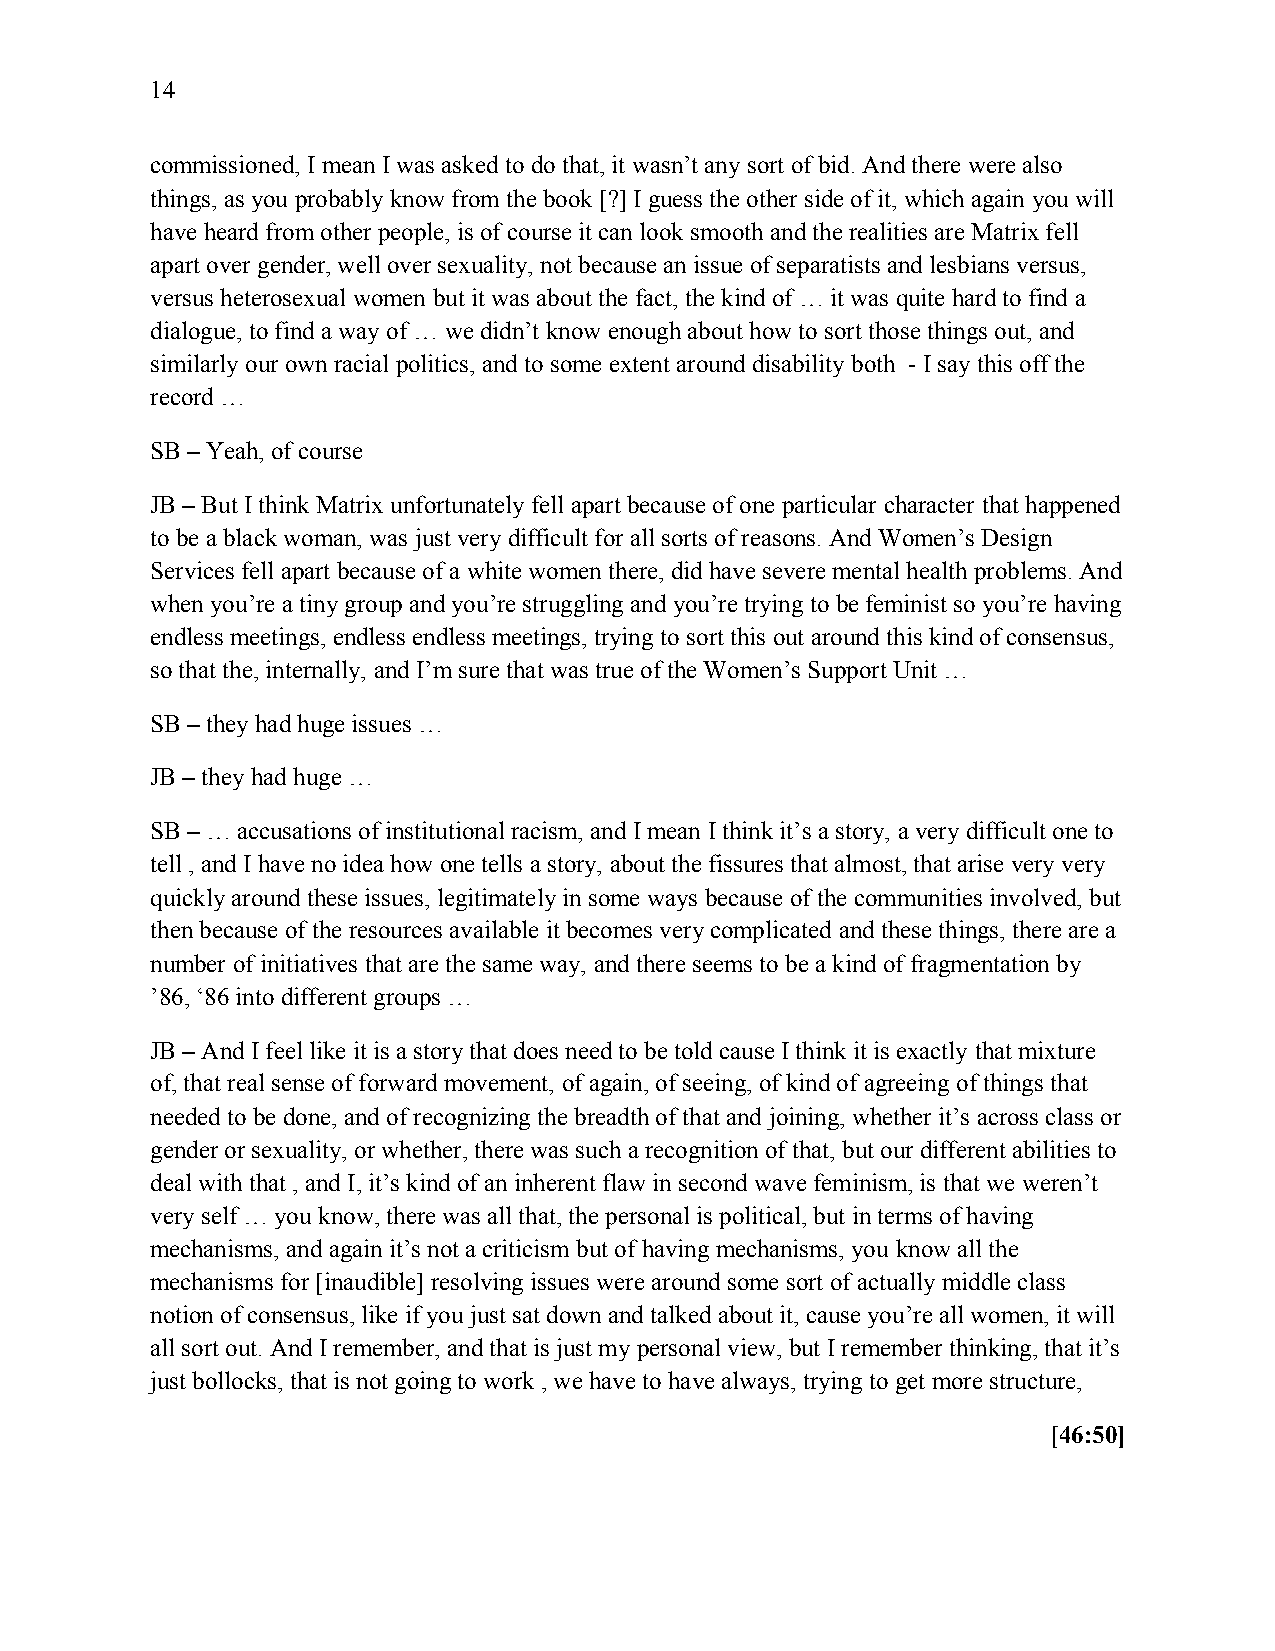
14
 commissioned, I mean I was asked to do that, it wasn’t any sort of bid. And there were also
 things, as you probably know from the book [?] I guess the other side of it, which again you will
 have heard from other people, is of course it can look smooth and the realities are Matrix fell
 apart over gender, well over sexuality, not because an issue of separatists and lesbians versus,
 versus heterosexual women but it was about the fact, the kind of … it was quite hard to find a
 dialogue, to find a way of … we didn’t know enough about how to sort those things out, and
 similarly our own racial politics, and to some extent around disability both - I say this off the
 record …
 SB – Yeah, of course
 JB – But I think Matrix unfortunately fell apart because of one particular character that happened
 to be a black woman, was just very difficult for all sorts of reasons. And Women’s Design
 Services fell apart because of a white women there, did have severe mental health problems. And
 when you’re a tiny group and you’re struggling and you’re trying to be feminist so you’re having
 endless meetings, endless endless meetings, trying to sort this out around this kind of consensus,
 so that the, internally, and I’m sure that was true of the Women’s Support Unit …
 SB – they had huge issues …
 JB – they had huge …
 SB – … accusations of institutional racism, and I mean I think it’s a story, a very difficult one to
 tell , and I have no idea how one tells a story, about the fissures that almost, that arise very very
 quickly around these issues, legitimately in some ways because of the communities involved, but
 then because of the resources available it becomes very complicated and these things, there are a
 number of initiatives that are the same way, and there seems to be a kind of fragmentation by
 ’86, ‘86 into different groups …
 JB – And I feel like it is a story that does need to be told cause I think it is exactly that mixture
 of, that real sense of forward movement, of again, of seeing, of kind of agreeing of things that
 needed to be done, and of recognizing the breadth of that and joining, whether it’s across class or
 gender or sexuality, or whether, there was such a recognition of that, but our different abilities to
 deal with that , and I, it’s kind of an inherent flaw in second wave feminism, is that we weren’t
 very self … you know, there was all that, the personal is political, but in terms of having
 mechanisms, and again it’s not a criticism but of having mechanisms, you know all the
 mechanisms for [inaudible] resolving issues were around some sort of actually middle class
 notion of consensus, like if you just sat down and talked about it, cause you’re all women, it will
 all sort out. And I remember, and that is just my personal view, but I remember thinking, that it’s
 just bollocks, that is not going to work , we have to have always, trying to get more structure,
 [46:50]